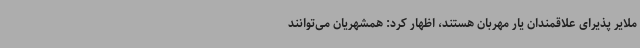
ملایر پذیرای علاقمندان یار مهربان هستند، اظهار کرد: همشهریان می‌توانند